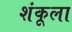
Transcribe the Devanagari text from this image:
शंकूला